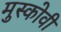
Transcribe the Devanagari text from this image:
मुस्कोवी